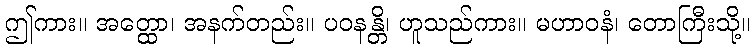
ဤကား။ အတ္ထော၊ အနက်တည်း။ ပဝနန္တိ၊ ဟူသည်ကား။ မဟာဝနံ၊ တောကြီးသို့။